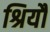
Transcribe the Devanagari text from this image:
श्रियौ